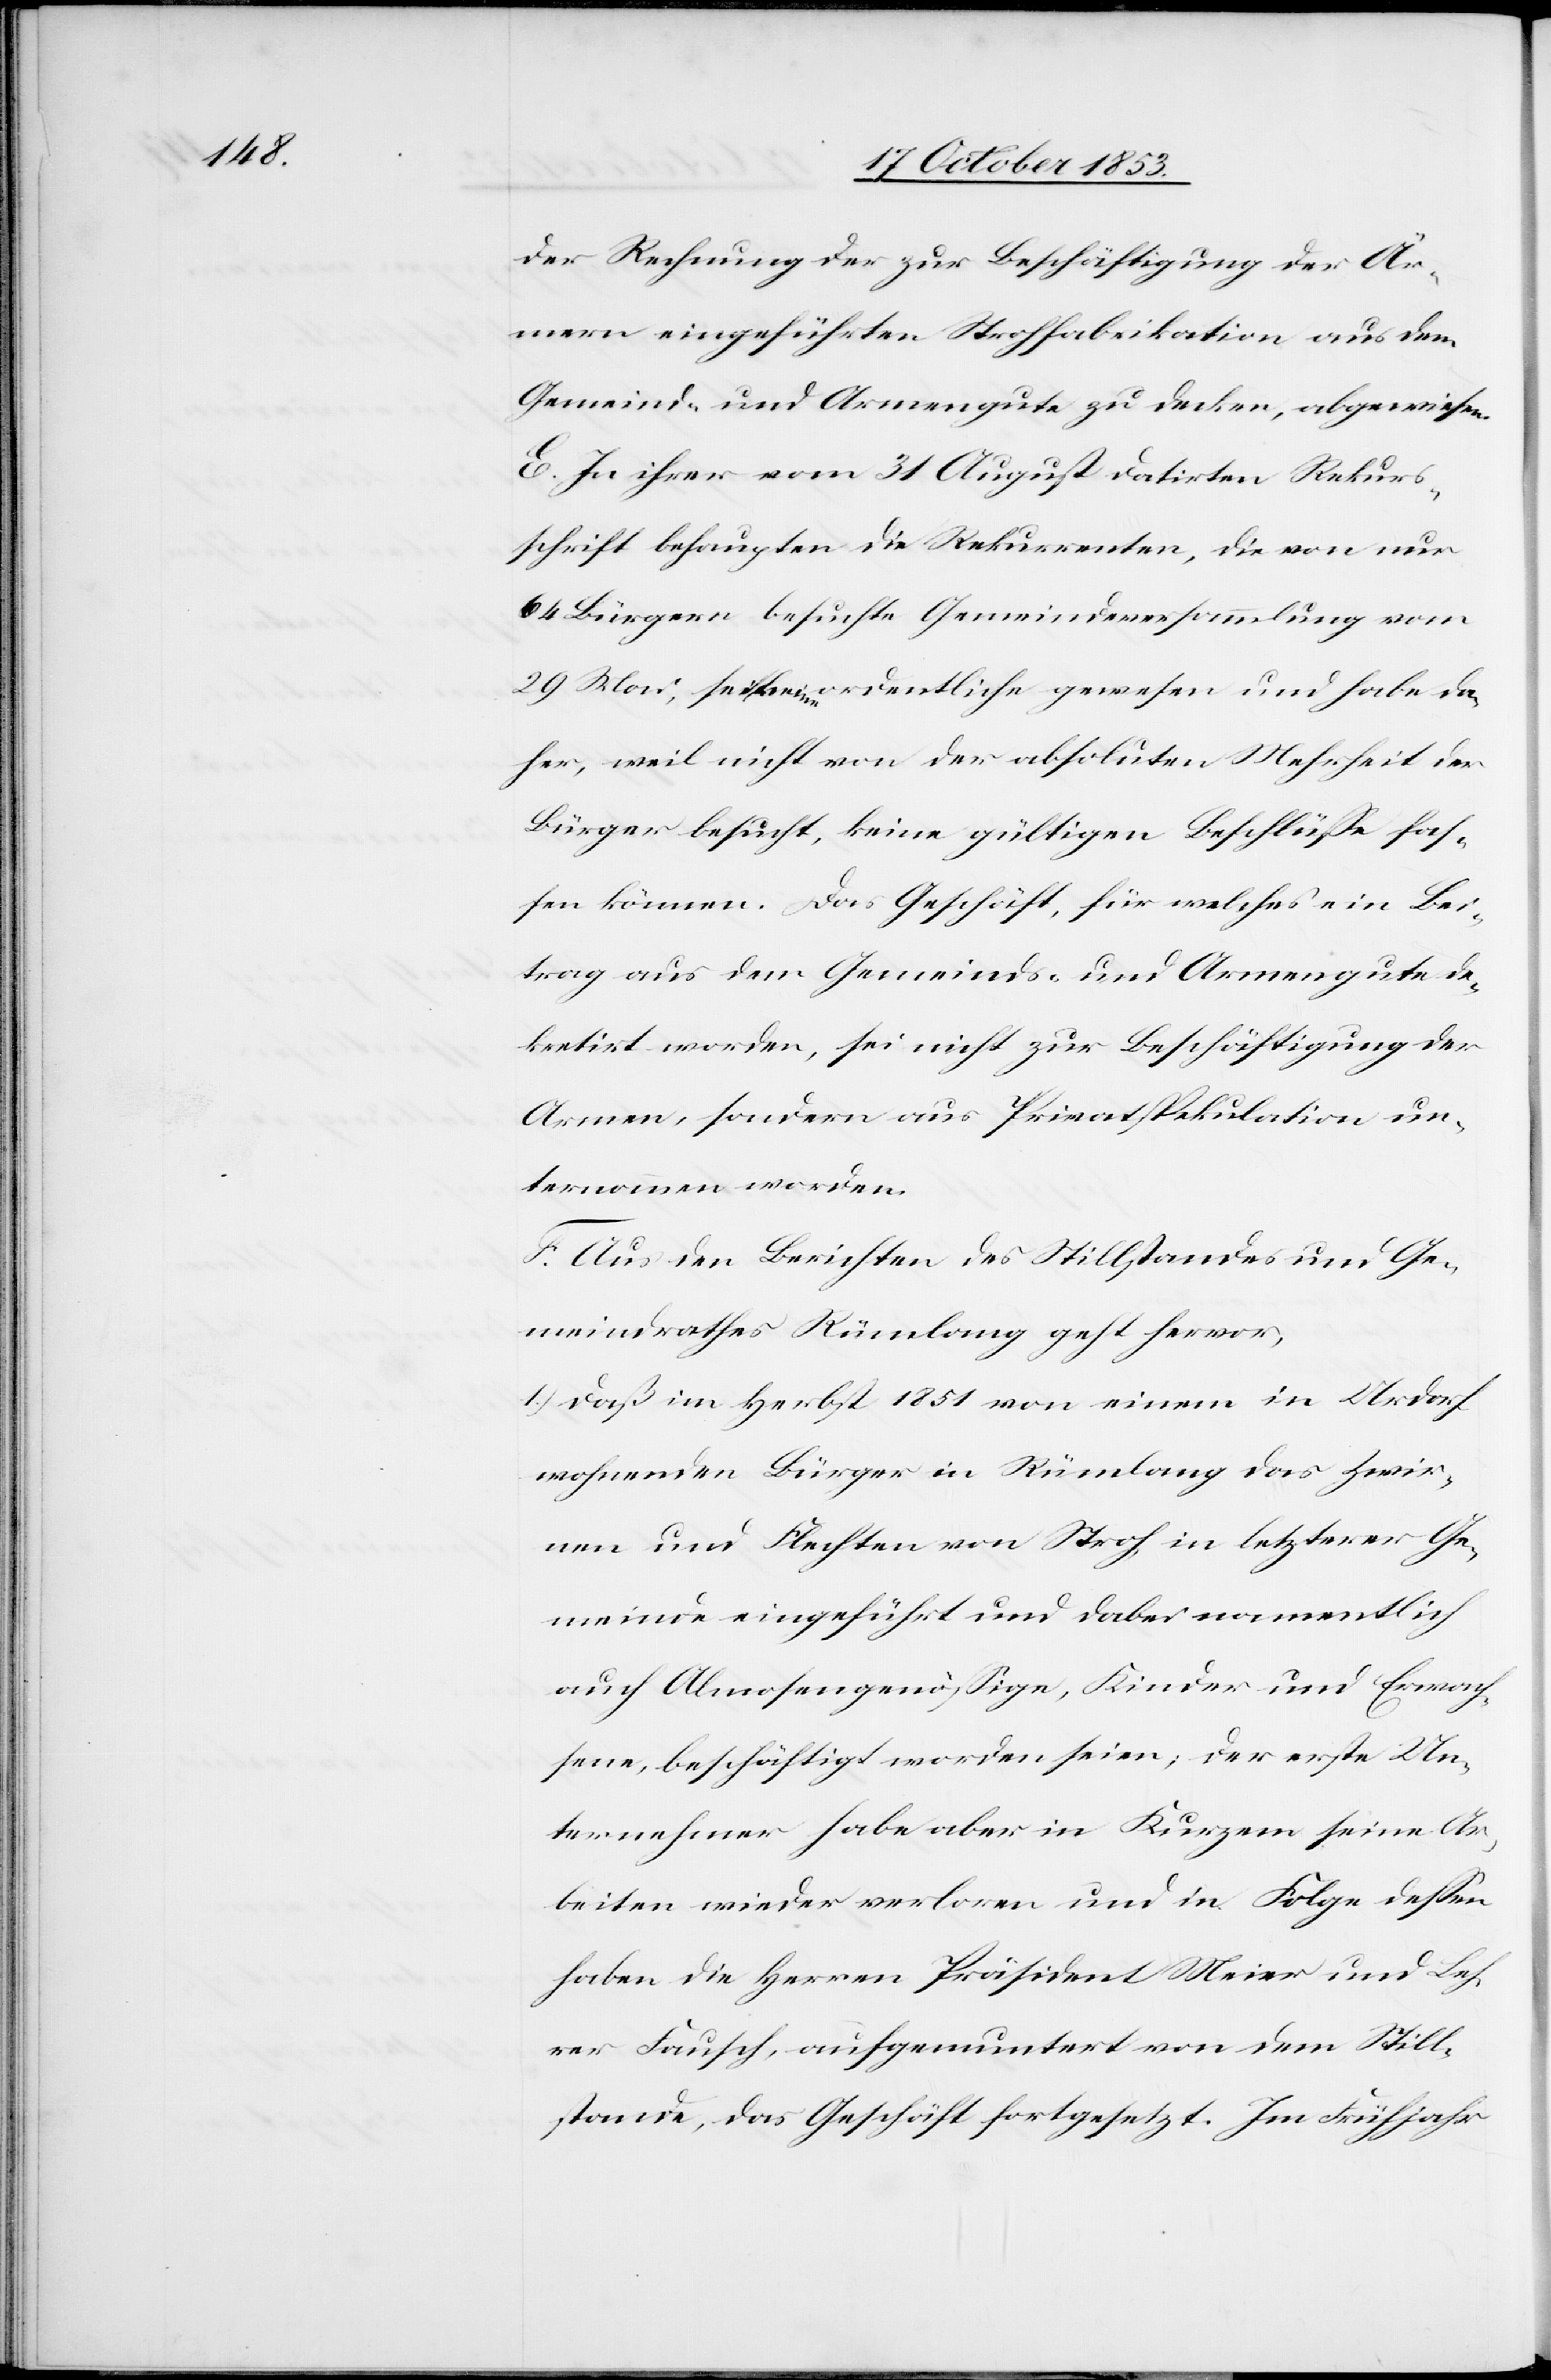
der Rechnung der zur Beschäftigung der Är¬
mern eingeführten Strohfabrikation aus dem
Gemeind- und Armengute zu decken, abgewiesen.
E. In ihrer vom 31 August datirten Rekurs¬
schrift behaupten die Rekurrenten, die von nur
64 Bürgern besuchte Gemeindeversammlung vom
29 Mai sei keine ordentliche gewesen und habe da¬
her, weil nicht von der absoluten Mehrheit der
Bürger besucht, keine gültigen Beschlüße fas¬
sen können. Das Gesuch, für welches ein Bei¬
trag aus dem Gemeinds- und Armengute de¬
kretirt worden, sei nicht zur Beschäftigung der
Armen, sondern aus Privatspekulation un¬
ternommen worden.
F. Aus den Berichten des Stillstandes und Ge¬
meindrathes Rümlang geht hervor,
1.) Daß im Herbst 1851 von einem in Urdorf
wohnenden Bürger in Rümlang das Zwir¬
nen und Flechten von Stroh in letzterer Ge¬
meinde eingeführt und dabei namentlich
auch Almosensgenößigen, Kinder und Erwach¬
sene, beschäftigt worden seien, der erste Un¬
ternehmer habe aber in Kurzem seine Ar¬
beiten wieder verloren und in Folge deßen
haben die Herren Präsident Meier und Leh¬
rer Fausch, aufgemuntert von dem Still¬
stande, des Geschäft fortgesetzt. Im Frühjahr